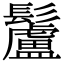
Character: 䰕